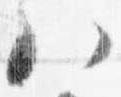
八